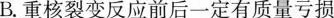
B.重核裂变反应前后一定有质量亏损